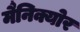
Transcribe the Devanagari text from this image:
मैनिक्योर